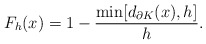
\begin{align*}F_h(x)= 1 - \frac{\min[d_{\partial K}(x),h]}{h}.\end{align*}